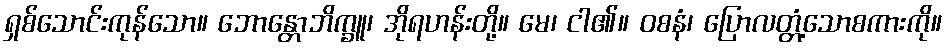
ရှစ်သောင်းကုန်သော။ ဘောန္တောဘိက္ခူ၊ အိုရဟန်းတို့။ မေ၊ ငါ၏။ ဝစနံ၊ ပြောလတ္တံ့သောစကားကို။